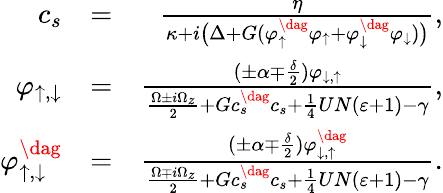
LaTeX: \begin{array}{rlr}{c_{s}}&{=}&{\frac{\eta}{\kappa+i\big(\Delta+G(\varphi_{\uparrow}^{\dag}\varphi_{\uparrow}+\varphi_{\downarrow}^{\dag}\varphi_{\downarrow})\big)},}\\ {\varphi_{\uparrow,\downarrow}}&{=}&{\frac{(\pm\alpha\mp\frac{\delta}{2})\varphi_{\downarrow,\uparrow}}{\frac{\Omega\pm i\Omega_{z}}{2}+Gc_{s}^{\dag}c_{s}+\frac{1}{4}UN(\varepsilon+1)-\gamma},}\\ {\varphi_{\uparrow,\downarrow}^{\dag}}&{=}&{\frac{(\pm\alpha\mp\frac{\delta}{2})\varphi_{\downarrow,\uparrow}^{\dag}}{\frac{\Omega\mp i\Omega_{z}}{2}+Gc_{s}^{\dag}c_{s}+\frac{1}{4}UN(\varepsilon+1)-\gamma}.}\end{array}